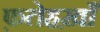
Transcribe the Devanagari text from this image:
फ़तेहख़ाँ